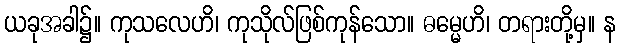
ယခုအခါ၌။ ကုသလေဟိ၊ ကုသိုလ်ဖြစ်ကုန်သော။ ဓမ္မေဟိ၊ တရားတို့မှ။ န